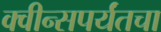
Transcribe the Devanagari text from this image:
क्वीन्सपर्यंतचा